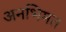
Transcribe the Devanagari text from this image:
अनभिमत